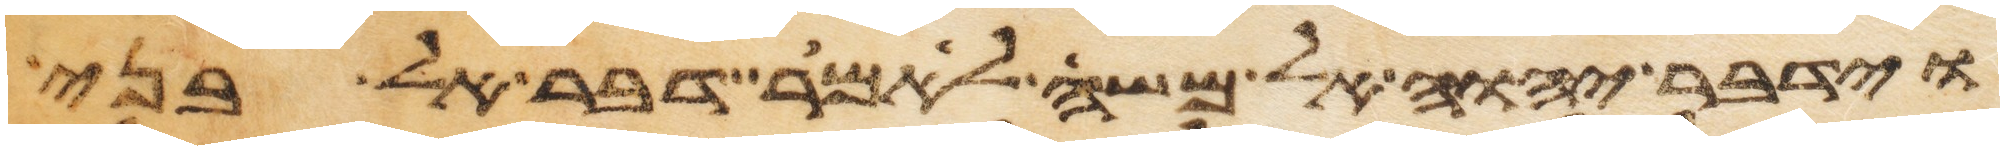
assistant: וידבר יהוה אל משה לאמר דבר אל בני